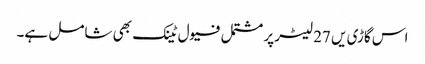
اس گاڑی یں 27 لیٹر پر مشتمل فیول ٹینک بھی شامل ہے۔